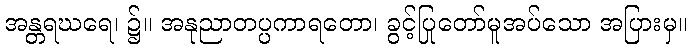
အန္တရဃရေ၊ ၌။ အနုညာတပ္ပကာရတော၊ ခွင့်ပြုတော်မူအပ်သော အပြားမှ။